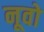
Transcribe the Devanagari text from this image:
नूवो